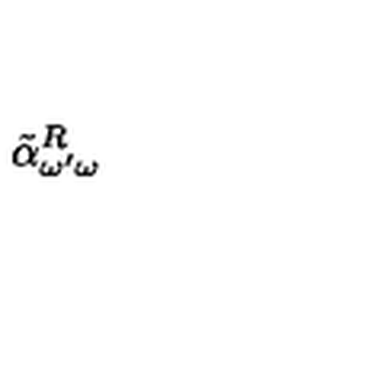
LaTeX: \: \tilde { \alpha } _ { \omega ^ { \prime } \omega } ^ { R } \: